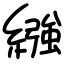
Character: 繈